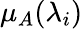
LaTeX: \mu_{A}(\lambda_{i})